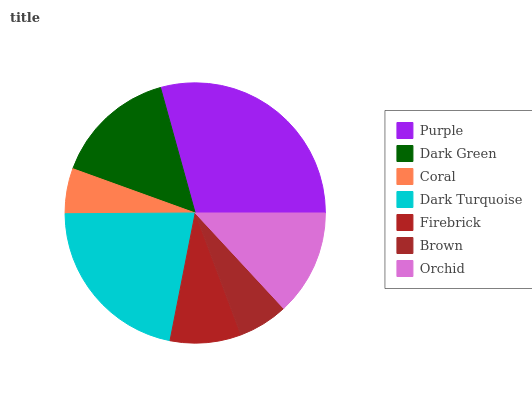
| Purple | Dark Green | Coral | Dark Turquoise | Firebrick | Brown | Orchid |
 | --- | --- | --- | --- | --- | --- | --- |
 | 29.3% | 15.2% | 5.62% | 21.8% | 8.8% | 6.19% | 13.1% |